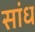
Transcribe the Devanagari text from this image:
सांध